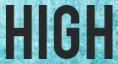
HIGH